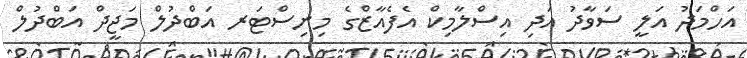
އަހްމަދު އަލީ ސަވާދު އަދި އިސްލާމިކް އެފެއާޒްގެ މިނިސްޓަރ އަބްދުލް މަޖީދް އަބްދުލް